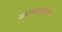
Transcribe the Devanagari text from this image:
कामापुरतेच